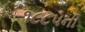
૧૮૮૫ની